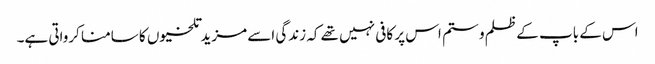
اس کے باپ کے ظلم و ستم اس پر کافی نہیں تھے کہ زندگی اسے مزید تلخیوں کا سامنا کرواتی ہے۔